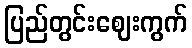
ပြည်တွင်းဈေးကွက်